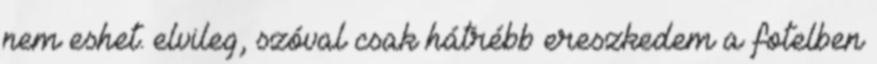
nem eshet. elvileg, szóval csak hátrébb ereszkedem a fotelben